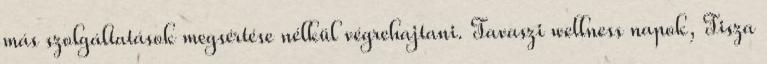
más szolgáltatások megsértése nélkül végrehajtani. Tavaszi wellness napok, Tisza